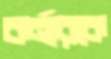
কর্নারকে